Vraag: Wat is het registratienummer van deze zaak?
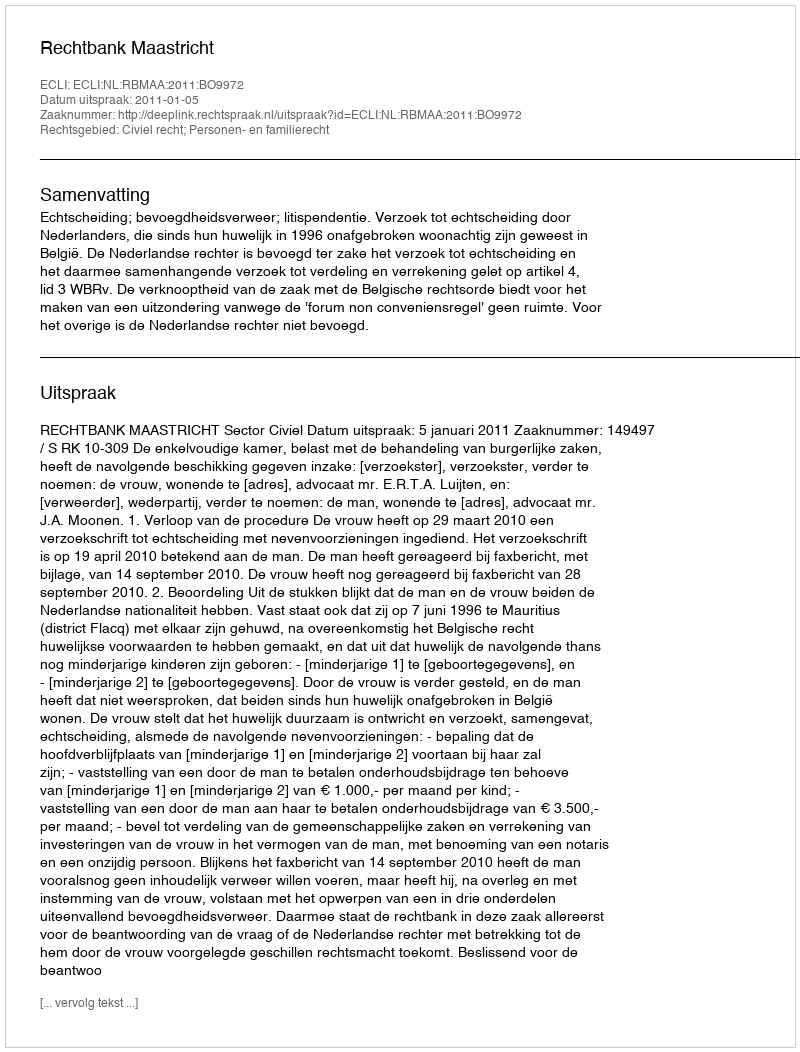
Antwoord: http://deeplink.rechtspraak.nl/uitspraak?id=ECLI:NL:RBMAA:2011:BO9972